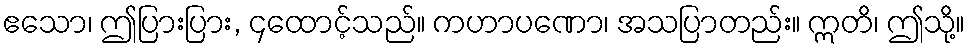
ဧသော၊ ဤပြားပြား, ၄ထောင့်သည်။ ကဟာပဏော၊ အသပြာတည်း။ ဣတိ၊ ဤသို့။